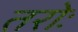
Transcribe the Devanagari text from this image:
तरोः